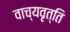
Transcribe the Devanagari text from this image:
वाच्यवृत्ति